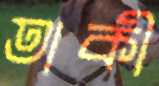
তাকী